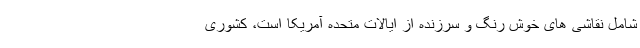
شامل نقاشی های خوش رنگ و سرزنده از ایالات ‌متحده آمریکا است، کشوری